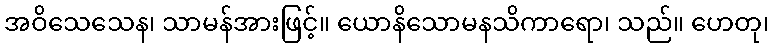
အဝိသေသေန၊ သာမန်အားဖြင့်။ ယောနိသောမနသိကာရော၊ သည်။ ဟေတု၊